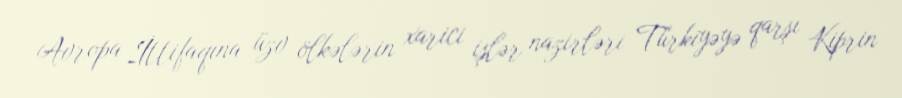
Avropa İttifaqına üzv ölkələrin xarici işlər nazirləri Türkiyəyə qarşı Kiprin